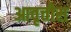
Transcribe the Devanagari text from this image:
आवृत्तीस